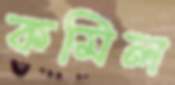
কমিল